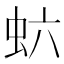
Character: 𬟻